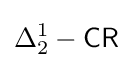
\Delta _{2}^{1}-{\mathsf {CR}}